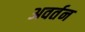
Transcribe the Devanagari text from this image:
अवर्तन